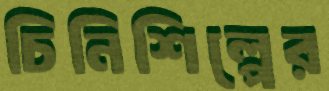
চিনিশিল্পের